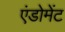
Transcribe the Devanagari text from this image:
एंडोमेंट